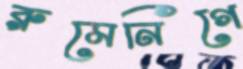
রুমেনিগে